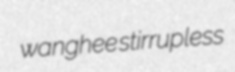
wanghee stirrupless